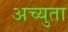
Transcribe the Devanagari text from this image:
अच्युता